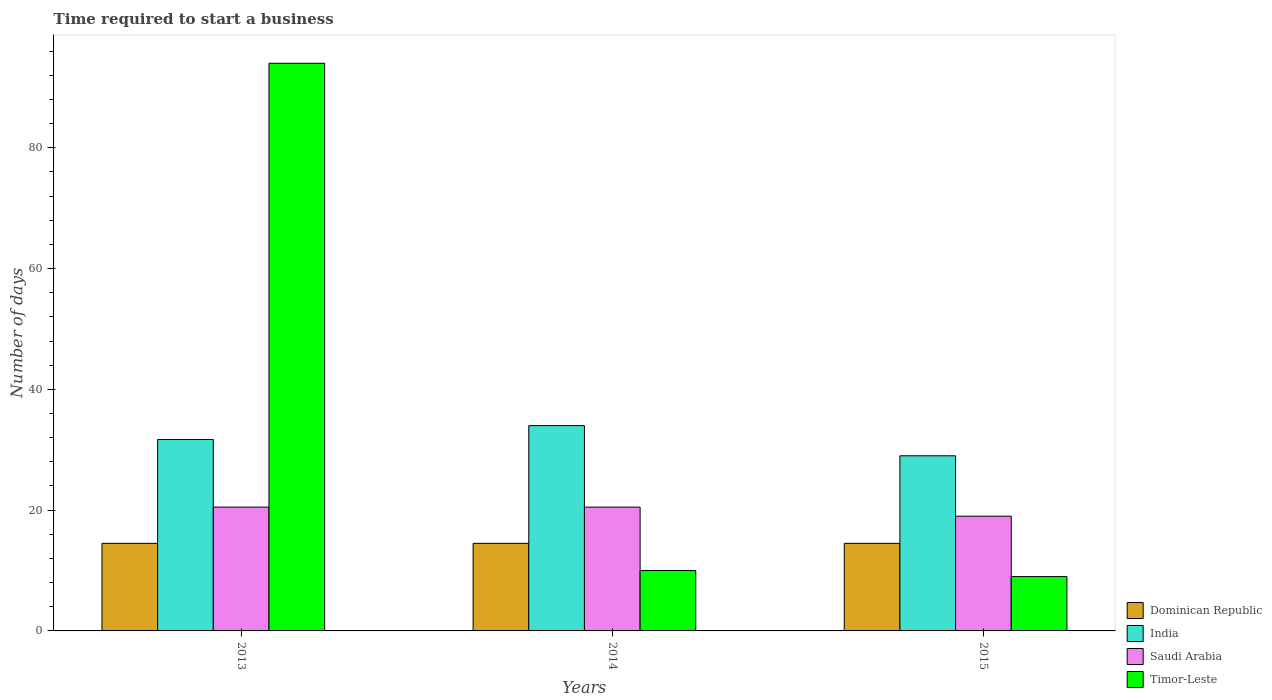
| Years | Dominican Republic | India | Saudi Arabia | Timor-Leste |
 | --- | --- | --- | --- | --- |
 | 2013 | 14.5 | 31.7 | 20.5 | 94 |
 | 2014 | 14.5 | 34 | 20.5 | 10 |
 | 2015 | 14.5 | 29 | 19 | 9 |